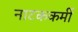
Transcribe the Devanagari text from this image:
नाटककर्मी